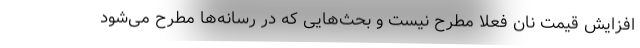
افزایش قیمت نان فعلا مطرح نیست و بحث‌هایی که در رسانه‌ها مطرح می‌شود